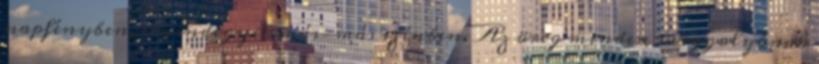
napfényben, s mindegyik más-más színben. Az öreg minden üveggolyónak